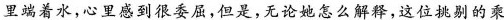
里端着水，心里感到很委屈，但是，无论她怎么解释，这位挑剔的乘